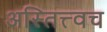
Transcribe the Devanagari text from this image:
अस्तित्त्वच